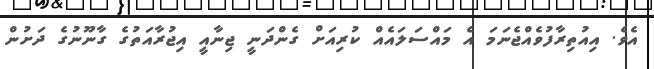
އެވެ. އިއުތިރާފުވެއްޖެނަމަ އެ މައްސަލައެއް ކުރިއަށް ގެންދަނީ ޖިނާއީ އިޖުރާއަތުގެ ގާނޫނުގެ ދަށުން